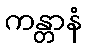
ကန္တာနံ